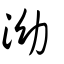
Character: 泑